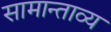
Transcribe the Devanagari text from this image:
सामान्ताव्य